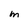
Character: m